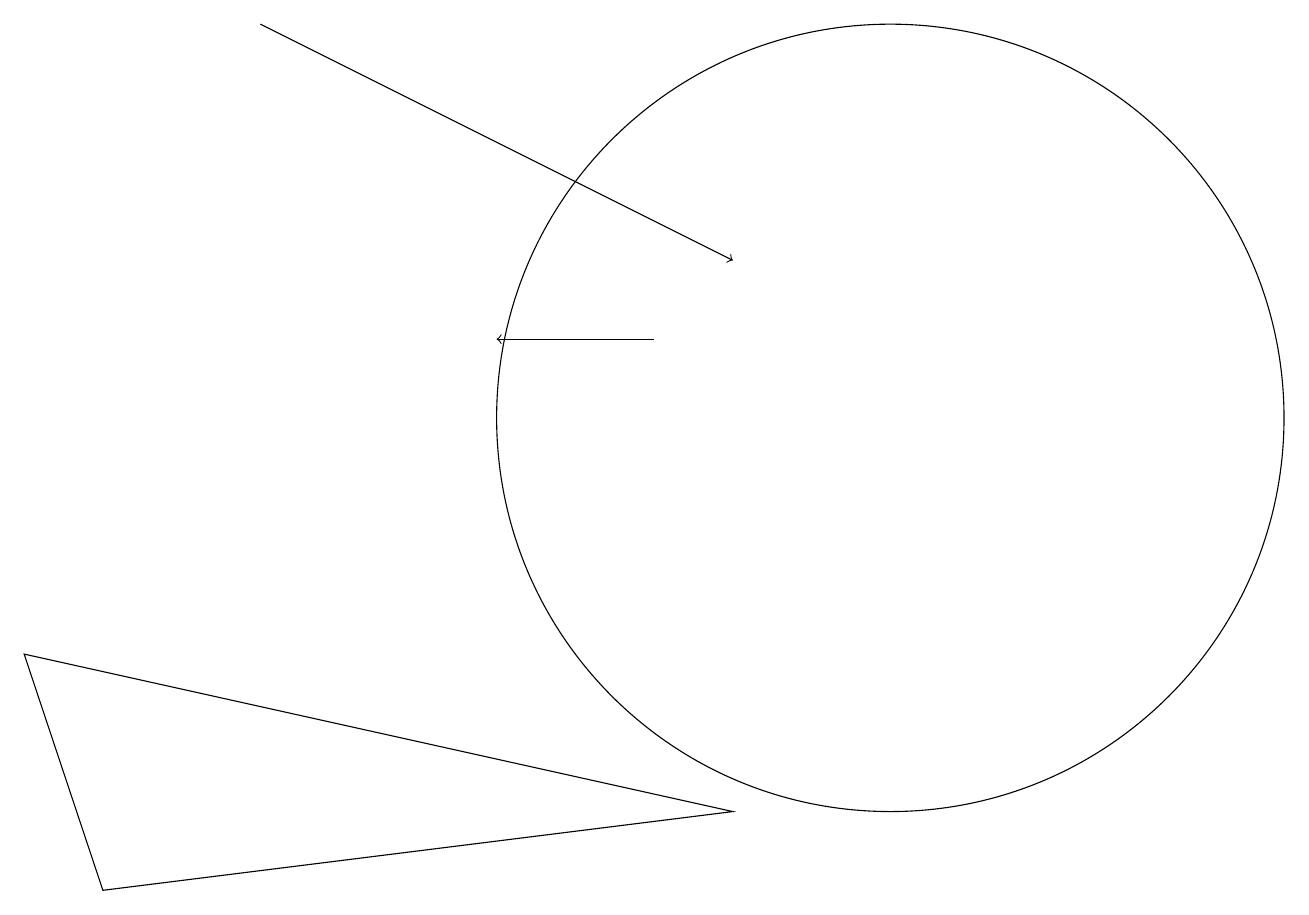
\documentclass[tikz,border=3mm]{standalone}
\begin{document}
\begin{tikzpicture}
\draw (0,7) -- (9,5) -- (1,4) -- cycle;
\draw[->] (3,15) -- (9,12);
\draw (11,10) circle (5);
\draw[->] (8,11) -- (6,11);
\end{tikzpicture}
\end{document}